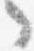
言